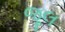
જૂલ